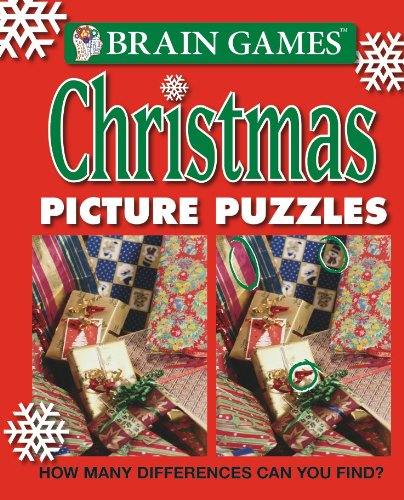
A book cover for Brain Games: Christmas Picture Puzzles; Publications International Staff; Humor & Entertainment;